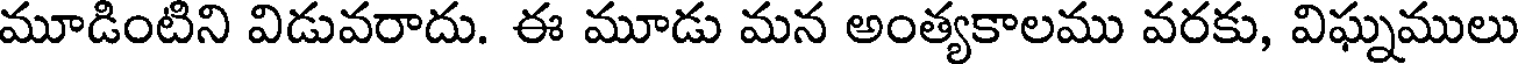
మూడింటిని విడువరాదు. ఈ మూడు మన అంత్యకాలము వరకు, విఘ్నములు